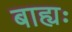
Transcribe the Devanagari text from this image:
बाह्यः